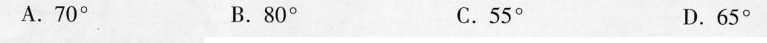
A.70° B.80° C.55° D.65°